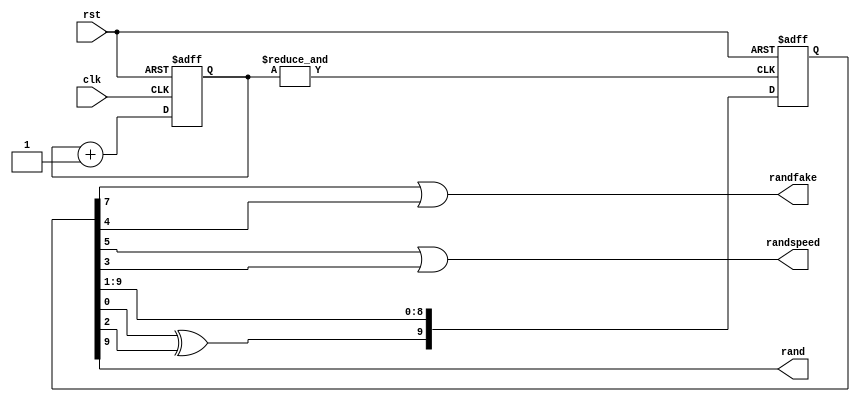
`timescale 1ns / 1ps

module lfsr(rand,randfake,randspeed, clk, rst);

    input clk, rst;
    output rand;
	 output randfake;
	 output randspeed; 
    reg [9:0] lfsr;
	 reg [8:0] count,next_count;
	 wire one_second;
	 always @(posedge clk or posedge rst)begin
	       if(rst) count <= 0;
			 else count<=next_count;
	 end
	 always @(count) begin 
	       next_count=count+1;
	 end
	 assign one_second=&count;
    always @(posedge one_second or posedge rst)
    begin
        if(rst) lfsr [9:0] <= 1;
        else
        begin
            lfsr [8:0] <= lfsr[9:1];
            lfsr[9] <= lfsr[0]^lfsr[2];
        end
    end
	 
    assign rand = lfsr[9];
	 assign randfake = lfsr[7]|lfsr[4];
	 assign randspeed = lfsr[5]|lfsr[3];

	 
    endmodule